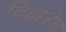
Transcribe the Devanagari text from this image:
विधानेच